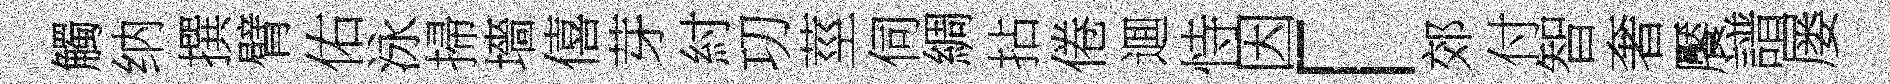
觸纳撰臂佑泳掃墻僖芽紂㓛莖伺綢拈倦逥恃因「郊付智奢饜譜屡